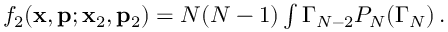
\begin{array} { r } { f _ { 2 } ( \mathbf { x } , \mathbf { p } ; \mathbf { x } _ { 2 } , \mathbf { p } _ { 2 } ) = N ( N - 1 ) \int \d \Gamma _ { N - 2 } P _ { N } ( \Gamma _ { N } ) \, . } \end{array}